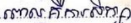
ពោលគឺការសិក្សា